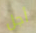
أجل